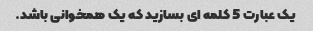
یک عبارت 5 کلمه ای بسازید که یک همخوانی باشد.